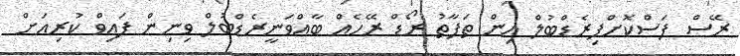
ރޭސް ފަސްކޮށްފިރެޑްބުލް އިން ތަފާތު ރޯޑް ރޭހެއް ބާއްވަނީރެޑްބުލް ވިނިން ފައިވް ކުރިއަށް